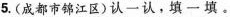
5.(成都市锦江区)认一认。填一填。